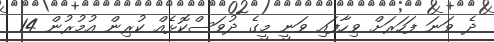
ދެ ވަނަ ފަހަރަށް ވިހާފައި ވަނީ މީގެ ދުވަސްކޮޅެއް ކުރިން އުމުރުން 14